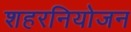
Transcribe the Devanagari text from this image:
शहरनियोजन